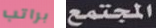
براتب المجتمع